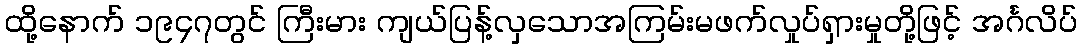
ထို့နောက် ၁၉၄၇တွင် ကြီးမား ကျယ်ပြန့်လှသောအကြမ်းမဖက်လှုပ်ရှားမှုတို့ဖြင့် အင်္ဂလိပ်